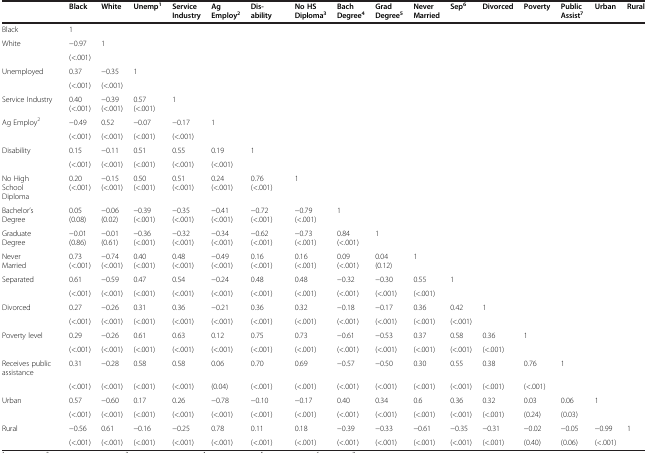
<table><thead><tr><td>[EMPTY_CELL]</td><td><b>Black</b></td><td><b>White</b></td><td><b>Unemp<sup>1</sup></b></td><td><b>Service Industry</b></td><td><b>Ag Employ<sup>2</sup></b></td><td><b>Dis-ability</b></td><td><b>No HS Diploma<sup>3</sup></b></td><td><b>Bach Degree<sup>4</sup></b></td><td><b>Grad Degree<sup>5</sup></b></td><td><b>Never Married</b></td><td><b>Sep<sup>6</sup></b></td><td><b>Divorced</b></td><td><b>Poverty</b></td><td><b>Public Assist<sup>7</sup></b></td><td><b>Urban</b></td><td><b>Rural</b></td></tr></thead><tbody><tr><td>Black</td><td>1</td><td>[EMPTY_CELL]</td><td>[EMPTY_CELL]</td><td>[EMPTY_CELL]</td><td>[EMPTY_CELL]</td><td>[EMPTY_CELL]</td><td>[EMPTY_CELL]</td><td>[EMPTY_CELL]</td><td>[EMPTY_CELL]</td><td>[EMPTY_CELL]</td><td>[EMPTY_CELL]</td><td>[EMPTY_CELL]</td><td>[EMPTY_CELL]</td><td>[EMPTY_CELL]</td><td>[EMPTY_CELL]</td><td>[EMPTY_CELL]</td></tr><tr><td>White</td><td>−0.97</td><td>1</td><td>[EMPTY_CELL]</td><td>[EMPTY_CELL]</td><td>[EMPTY_CELL]</td><td>[EMPTY_CELL]</td><td>[EMPTY_CELL]</td><td>[EMPTY_CELL]</td><td>[EMPTY_CELL]</td><td>[EMPTY_CELL]</td><td>[EMPTY_CELL]</td><td>[EMPTY_CELL]</td><td>[EMPTY_CELL]</td><td>[EMPTY_CELL]</td><td>[EMPTY_CELL]</td><td>[EMPTY_CELL]</td></tr><tr><td>[EMPTY_CELL]</td><td>(&lt;.001)</td><td>[EMPTY_CELL]</td><td>[EMPTY_CELL]</td><td>[EMPTY_CELL]</td><td>[EMPTY_CELL]</td><td>[EMPTY_CELL]</td><td>[EMPTY_CELL]</td><td>[EMPTY_CELL]</td><td>[EMPTY_CELL]</td><td>[EMPTY_CELL]</td><td>[EMPTY_CELL]</td><td>[EMPTY_CELL]</td><td>[EMPTY_CELL]</td><td>[EMPTY_CELL]</td><td>[EMPTY_CELL]</td><td>[EMPTY_CELL]</td></tr><tr><td>Unemployed</td><td>0.37</td><td>−0.35</td><td>1</td><td>[EMPTY_CELL]</td><td>[EMPTY_CELL]</td><td>[EMPTY_CELL]</td><td>[EMPTY_CELL]</td><td>[EMPTY_CELL]</td><td>[EMPTY_CELL]</td><td>[EMPTY_CELL]</td><td>[EMPTY_CELL]</td><td>[EMPTY_CELL]</td><td>[EMPTY_CELL]</td><td>[EMPTY_CELL]</td><td>[EMPTY_CELL]</td><td>[EMPTY_CELL]</td></tr><tr><td>[EMPTY_CELL]</td><td>(&lt;.001)</td><td>(&lt;.001)</td><td>[EMPTY_CELL]</td><td>[EMPTY_CELL]</td><td>[EMPTY_CELL]</td><td>[EMPTY_CELL]</td><td>[EMPTY_CELL]</td><td>[EMPTY_CELL]</td><td>[EMPTY_CELL]</td><td>[EMPTY_CELL]</td><td>[EMPTY_CELL]</td><td>[EMPTY_CELL]</td><td>[EMPTY_CELL]</td><td>[EMPTY_CELL]</td><td>[EMPTY_CELL]</td><td>[EMPTY_CELL]</td></tr><tr><td>Service Industry</td><td>0.40(&lt;.001)</td><td>−0.39(&lt;.001)</td><td>0.57(&lt;.001)</td><td>1</td><td>[EMPTY_CELL]</td><td>[EMPTY_CELL]</td><td>[EMPTY_CELL]</td><td>[EMPTY_CELL]</td><td>[EMPTY_CELL]</td><td>[EMPTY_CELL]</td><td>[EMPTY_CELL]</td><td>[EMPTY_CELL]</td><td>[EMPTY_CELL]</td><td>[EMPTY_CELL]</td><td>[EMPTY_CELL]</td><td>[EMPTY_CELL]</td></tr><tr><td>Ag Employ<sup>2</sup></td><td>−0.49</td><td>0.52</td><td>−0.07</td><td>−0.17</td><td>1</td><td>[EMPTY_CELL]</td><td>[EMPTY_CELL]</td><td>[EMPTY_CELL]</td><td>[EMPTY_CELL]</td><td>[EMPTY_CELL]</td><td>[EMPTY_CELL]</td><td>[EMPTY_CELL]</td><td>[EMPTY_CELL]</td><td>[EMPTY_CELL]</td><td>[EMPTY_CELL]</td><td>[EMPTY_CELL]</td></tr><tr><td>[EMPTY_CELL]</td><td>(&lt;.001)</td><td>(&lt;.001)</td><td>(&lt;.001)</td><td>(&lt;.001)</td><td>[EMPTY_CELL]</td><td>[EMPTY_CELL]</td><td>[EMPTY_CELL]</td><td>[EMPTY_CELL]</td><td>[EMPTY_CELL]</td><td>[EMPTY_CELL]</td><td>[EMPTY_CELL]</td><td>[EMPTY_CELL]</td><td>[EMPTY_CELL]</td><td>[EMPTY_CELL]</td><td>[EMPTY_CELL]</td><td>[EMPTY_CELL]</td></tr><tr><td>Disability</td><td>0.15</td><td>−0.11</td><td>0.51</td><td>0.55</td><td>0.19</td><td>1</td><td>[EMPTY_CELL]</td><td>[EMPTY_CELL]</td><td>[EMPTY_CELL]</td><td>[EMPTY_CELL]</td><td>[EMPTY_CELL]</td><td>[EMPTY_CELL]</td><td>[EMPTY_CELL]</td><td>[EMPTY_CELL]</td><td>[EMPTY_CELL]</td><td>[EMPTY_CELL]</td></tr><tr><td>[EMPTY_CELL]</td><td>(&lt;.001)</td><td>(&lt;.001)</td><td>(&lt;.001)</td><td>(&lt;.001)</td><td>(&lt;.001)</td><td>[EMPTY_CELL]</td><td>[EMPTY_CELL]</td><td>[EMPTY_CELL]</td><td>[EMPTY_CELL]</td><td>[EMPTY_CELL]</td><td>[EMPTY_CELL]</td><td>[EMPTY_CELL]</td><td>[EMPTY_CELL]</td><td>[EMPTY_CELL]</td><td>[EMPTY_CELL]</td><td>[EMPTY_CELL]</td></tr><tr><td>No High School Diploma</td><td>0.20(&lt;.001)</td><td>−0.15(&lt;.001)</td><td>0.50(&lt;.001)</td><td>0.51(&lt;.001)</td><td>0.24(&lt;.001)</td><td>0.76(&lt;.001)</td><td>1</td><td>[EMPTY_CELL]</td><td>[EMPTY_CELL]</td><td>[EMPTY_CELL]</td><td>[EMPTY_CELL]</td><td>[EMPTY_CELL]</td><td>[EMPTY_CELL]</td><td>[EMPTY_CELL]</td><td>[EMPTY_CELL]</td><td>[EMPTY_CELL]</td></tr><tr><td>Bachelor’s Degree</td><td>0.05(0.08)</td><td>−0.06(0.02)</td><td>−0.39(&lt;.001)</td><td>−0.35(&lt;.001)</td><td>−0.41(&lt;.001)</td><td>−0.72(&lt;.001)</td><td>−0.79(&lt;.001)</td><td>1</td><td>[EMPTY_CELL]</td><td>[EMPTY_CELL]</td><td>[EMPTY_CELL]</td><td>[EMPTY_CELL]</td><td>[EMPTY_CELL]</td><td>[EMPTY_CELL]</td><td>[EMPTY_CELL]</td><td>[EMPTY_CELL]</td></tr><tr><td>Graduate Degree</td><td>−0.01(0.86)</td><td>−0.01(0.61)</td><td>−0.36(&lt;.001)</td><td>−0.32(&lt;.001)</td><td>−0.34(&lt;.001)</td><td>−0.62(&lt;.001)</td><td>−0.73(&lt;.001)</td><td>0.84(&lt;.001)</td><td>1</td><td>[EMPTY_CELL]</td><td>[EMPTY_CELL]</td><td>[EMPTY_CELL]</td><td>[EMPTY_CELL]</td><td>[EMPTY_CELL]</td><td>[EMPTY_CELL]</td><td>[EMPTY_CELL]</td></tr><tr><td>Never Married</td><td>0.73(&lt;.001)</td><td>−0.74(&lt;.001)</td><td>0.40(&lt;.001)</td><td>0.48(&lt;.001)</td><td>−0.49(&lt;.001)</td><td>0.16(&lt;.001)</td><td>0.16(&lt;.001)</td><td>0.09(&lt;.001)</td><td>0.04(0.12)</td><td>1</td><td>[EMPTY_CELL]</td><td>[EMPTY_CELL]</td><td>[EMPTY_CELL]</td><td>[EMPTY_CELL]</td><td>[EMPTY_CELL]</td><td>[EMPTY_CELL]</td></tr><tr><td>Separated</td><td>0.61</td><td>−0.59</td><td>0.47</td><td>0.54</td><td>−0.24</td><td>0.48</td><td>0.48</td><td>−0.32</td><td>−0.30</td><td>0.55</td><td>1</td><td>[EMPTY_CELL]</td><td>[EMPTY_CELL]</td><td>[EMPTY_CELL]</td><td>[EMPTY_CELL]</td><td>[EMPTY_CELL]</td></tr><tr><td>[EMPTY_CELL]</td><td>(&lt;.001)</td><td>(&lt;.001)</td><td>(&lt;.001)</td><td>(&lt;.001)</td><td>(&lt;.001)</td><td>(&lt;.001)</td><td>(&lt;.001)</td><td>(&lt;.001)</td><td>(&lt;.001)</td><td>(&lt;.001)</td><td>[EMPTY_CELL]</td><td>[EMPTY_CELL]</td><td>[EMPTY_CELL]</td><td>[EMPTY_CELL]</td><td>[EMPTY_CELL]</td><td>[EMPTY_CELL]</td></tr><tr><td>Divorced</td><td>0.27</td><td>−0.26</td><td>0.31</td><td>0.36</td><td>−0.21</td><td>0.36</td><td>0.32</td><td>−0.18</td><td>−0.17</td><td>0.36</td><td>0.42</td><td>1</td><td>[EMPTY_CELL]</td><td>[EMPTY_CELL]</td><td>[EMPTY_CELL]</td><td>[EMPTY_CELL]</td></tr><tr><td>[EMPTY_CELL]</td><td>(&lt;.001)</td><td>(&lt;.001)</td><td>(&lt;.001)</td><td>(&lt;.001)</td><td>(&lt;.001)</td><td>(&lt;.001)</td><td>(&lt;.001)</td><td>(&lt;.001)</td><td>(&lt;.001)</td><td>(&lt;.001)</td><td>(&lt;.001)</td><td>[EMPTY_CELL]</td><td>[EMPTY_CELL]</td><td>[EMPTY_CELL]</td><td>[EMPTY_CELL]</td><td>[EMPTY_CELL]</td></tr><tr><td>Poverty level</td><td>0.29</td><td>−0.26</td><td>0.61</td><td>0.63</td><td>0.12</td><td>0.75</td><td>0.73</td><td>−0.61</td><td>−0.53</td><td>0.37</td><td>0.58</td><td>0.36</td><td>1</td><td>[EMPTY_CELL]</td><td>[EMPTY_CELL]</td><td>[EMPTY_CELL]</td></tr><tr><td>[EMPTY_CELL]</td><td>(&lt;.001)</td><td>(&lt;.001)</td><td>(&lt;.001)</td><td>(&lt;.001)</td><td>(&lt;.001)</td><td>(&lt;.001)</td><td>(&lt;.001)</td><td>(&lt;.001)</td><td>(&lt;.001)</td><td>(&lt;.001)</td><td>(&lt;.001)</td><td>(&lt;.001)</td><td>[EMPTY_CELL]</td><td>[EMPTY_CELL]</td><td>[EMPTY_CELL]</td><td>[EMPTY_CELL]</td></tr><tr><td>Receives public assistance</td><td>0.31</td><td>−0.28</td><td>0.58</td><td>0.58</td><td>0.06</td><td>0.70</td><td>0.69</td><td>−0.57</td><td>−0.50</td><td>0.30</td><td>0.55</td><td>0.38</td><td>0.76</td><td>1</td><td>[EMPTY_CELL]</td><td>[EMPTY_CELL]</td></tr><tr><td>[EMPTY_CELL]</td><td>(&lt;.001)</td><td>(&lt;.001)</td><td>(&lt;.001)</td><td>(&lt;.001)</td><td>(0.04)</td><td>(&lt;.001)</td><td>(&lt;.001)</td><td>(&lt;.001)</td><td>(&lt;.001)</td><td>(&lt;.001)</td><td>(&lt;.001)</td><td>(&lt;.001)</td><td>(&lt;.001)</td><td>[EMPTY_CELL]</td><td>[EMPTY_CELL]</td><td>[EMPTY_CELL]</td></tr><tr><td>Urban</td><td>0.57</td><td>−0.60</td><td>0.17</td><td>0.26</td><td>−0.78</td><td>−0.10</td><td>−0.17</td><td>0.40</td><td>0.34</td><td>0.6</td><td>0.36</td><td>0.32</td><td>0.03</td><td>0.06</td><td>1</td><td>[EMPTY_CELL]</td></tr><tr><td>[EMPTY_CELL]</td><td>(&lt;.001)</td><td>(&lt;.001)</td><td>(&lt;.001)</td><td>(&lt;.001)</td><td>(&lt;.001)</td><td>(&lt;.001)</td><td>(&lt;.001)</td><td>(&lt;.001)</td><td>(&lt;.001)</td><td>(&lt;.001)</td><td>(&lt;.001)</td><td>(&lt;.001)</td><td>(0.24)</td><td>(0.03)</td><td>[EMPTY_CELL]</td><td>[EMPTY_CELL]</td></tr><tr><td>Rural</td><td>−0.56</td><td>0.61</td><td>−0.16</td><td>−0.25</td><td>0.78</td><td>0.11</td><td>0.18</td><td>−0.39</td><td>−0.33</td><td>−0.61</td><td>−0.35</td><td>−0.31</td><td>−0.02</td><td>−0.05</td><td>−0.99</td><td>1</td></tr><tr><td>[EMPTY_CELL]</td><td>(&lt;.001)</td><td>(&lt;.001)</td><td>(&lt;.001)</td><td>(&lt;.001)</td><td>(&lt;.001)</td><td>(&lt;.001)</td><td>(&lt;.001)</td><td>(&lt;.001)</td><td>(&lt;.001)</td><td>(&lt;.001)</td><td>(&lt;.001)</td><td>(&lt;.001)</td><td>(0.40)</td><td>(0.06)</td><td>(&lt;.001)</td><td>[EMPTY_CELL]</td></tr></tbody></table>